State Department UAP Cable 4, Ashgabat, Turkmenistan, November 5, 2004
Agency: Department of State
Incident date: 11/5/04
Incident location: Turkmenistan
Page 4
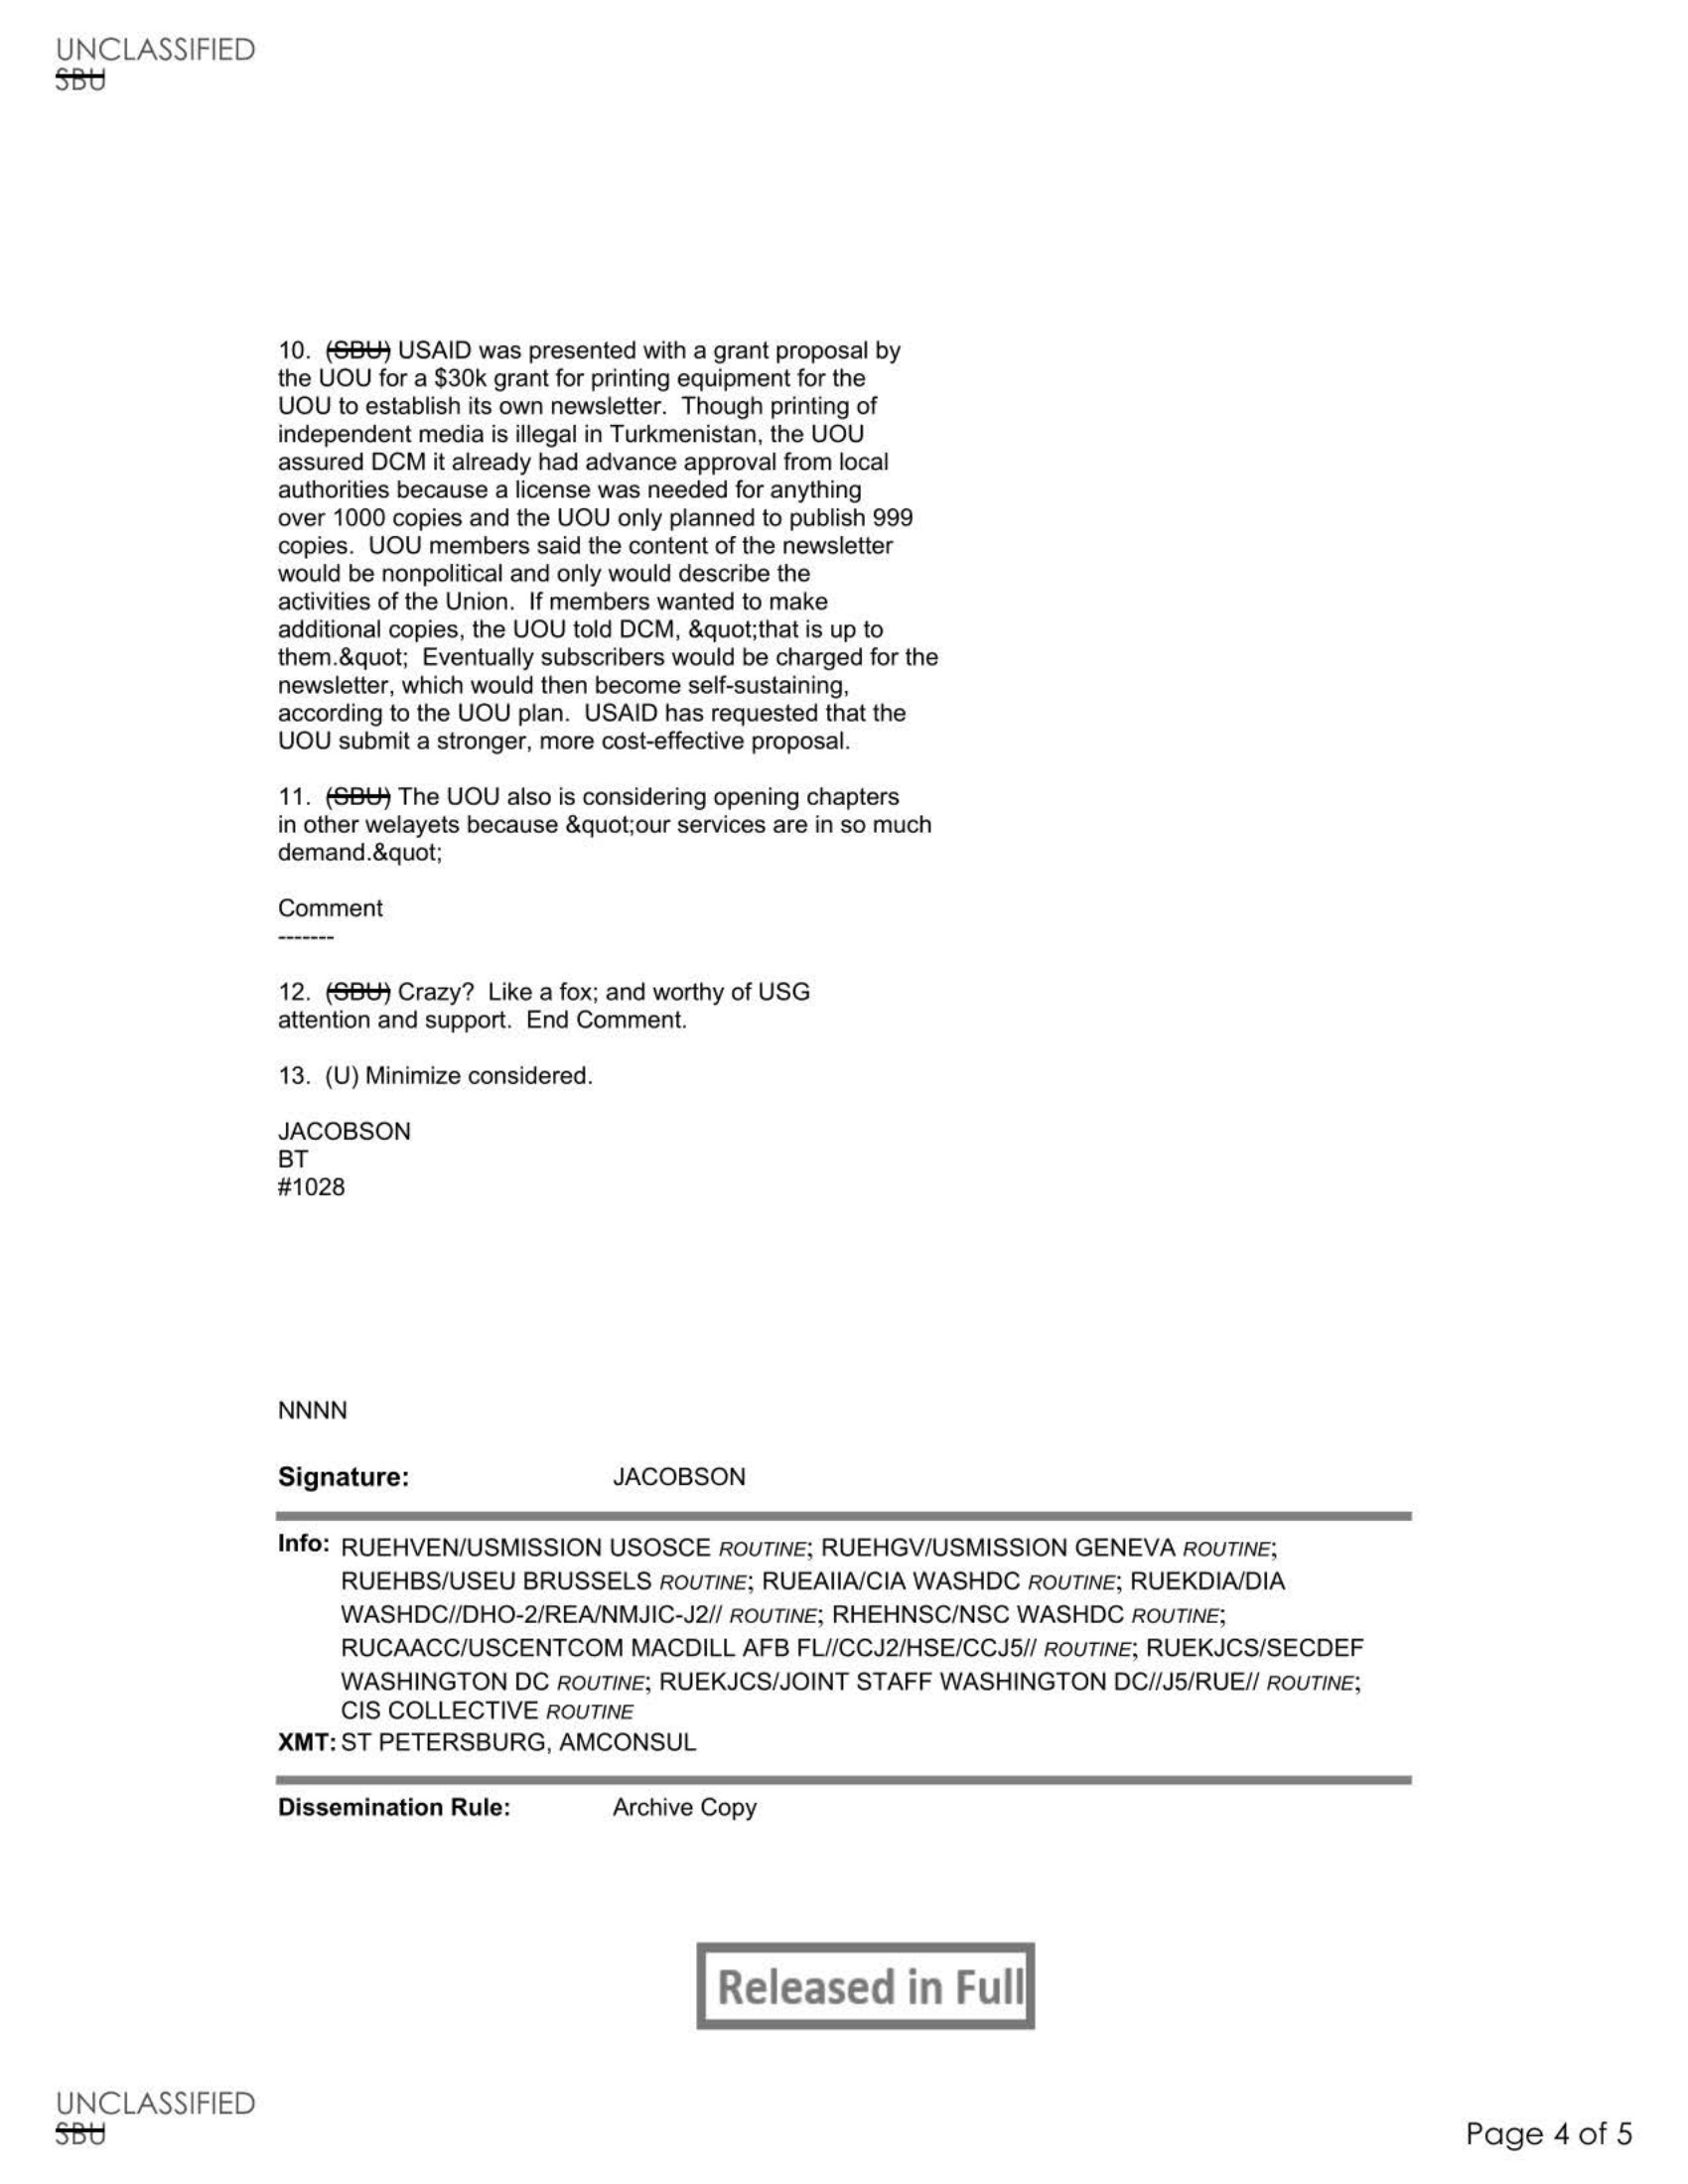